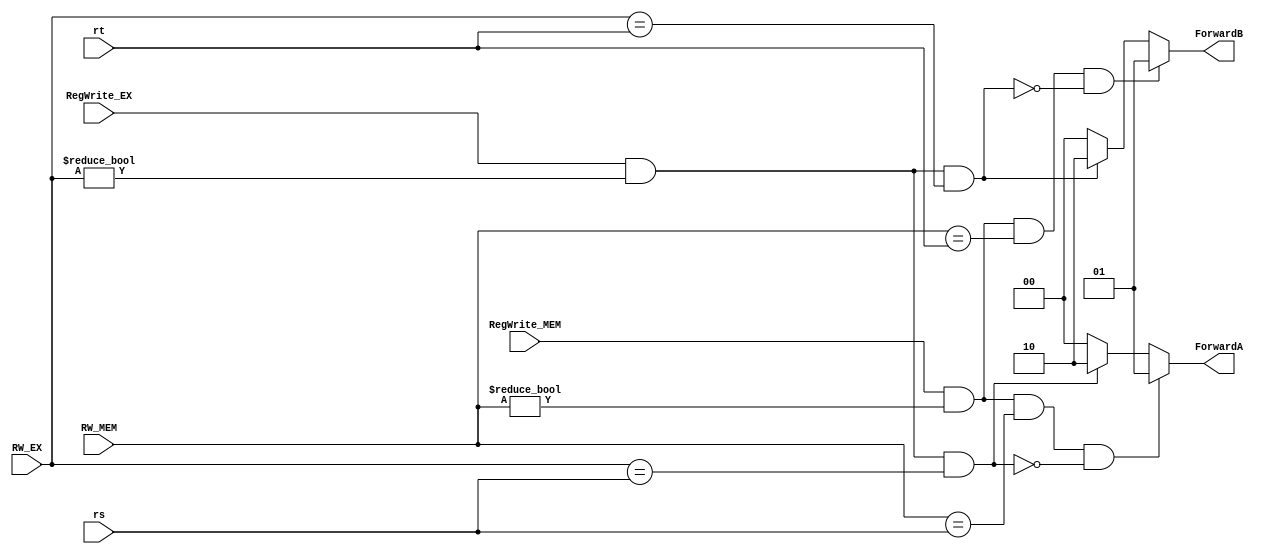
module Forwarding_unit(input [4:0]rs,rt,RW_EX,RW_MEM,input RegWrite_EX,RegWrite_MEM,output reg [1:0]ForwardB,ForwardA);
always@(*)begin
   ForwardA=0;ForwardB=0;
	if(RegWrite_EX&(RW_EX!=0)&(RW_EX==rs))ForwardA=2'b10;
	if(RegWrite_MEM&(RW_MEM!=0)&(RW_MEM==rs)&!(RegWrite_EX&(RW_EX!=0)&(RW_EX==rs)))ForwardA=2'b01;
	if(RegWrite_EX&(RW_EX!=0)&(RW_EX==rt))ForwardB=2'b10;
	if(RegWrite_MEM&(RW_MEM!=0)&(RW_MEM==rt)&!(RegWrite_EX&(RW_EX!=0)&(RW_EX==rt)))ForwardB=2'b01;
end
endmodule